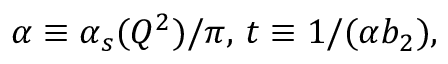
\alpha \equiv \alpha _ { s } ( Q ^ { 2 } ) / \pi , \, t \equiv 1 / ( \alpha b _ { 2 } ) ,